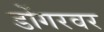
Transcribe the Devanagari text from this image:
डोंगरवर